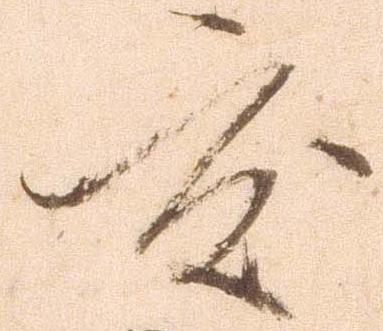
度